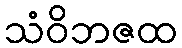
သံဝိဘဇထ